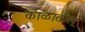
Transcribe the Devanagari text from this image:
काळातील्